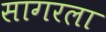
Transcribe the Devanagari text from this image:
सागरला